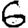
Digit: 6